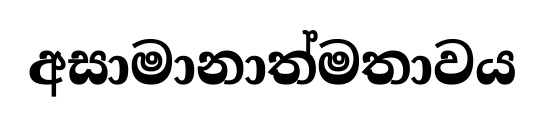
අසාමානාත්මතාවය